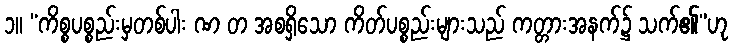
၁။ “ကိစ္စပစ္စည်းမှတစ်ပါး ဏ တ အစရှိသော ကိတ်ပစ္စည်းများသည် ကတ္တားအနက်၌ သက်၏”ဟု